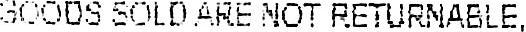
GOODS SOLD ARE NOT RETURNABLE,